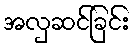
အလှဆင်ခြင်း